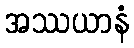
အဿယာနံ